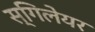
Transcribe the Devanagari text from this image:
स्गिलेयर